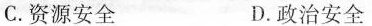
C.资源安全 D.政治安全